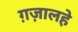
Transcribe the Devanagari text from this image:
ग़ज़ालहे